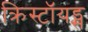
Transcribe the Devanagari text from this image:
क्रिस्टॉयड्स